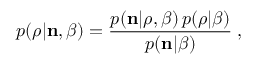
p ( \boldsymbol { \rho } | { \bf n } , \beta ) = \frac { p ( { \bf n } | \boldsymbol { \rho } , \beta ) \, { p } ( \boldsymbol { \rho } | \beta ) } { p ( { \bf n } | \beta ) } \; ,